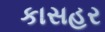
કાસહર